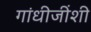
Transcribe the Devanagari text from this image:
गांधीजींशी